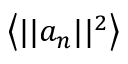
\left< | | a _ { n } | | ^ { 2 } \right>